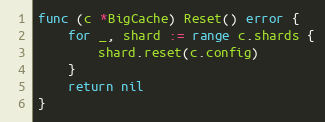
Language: Go
func (c *BigCache) Reset() error {
	for _, shard := range c.shards {
		shard.reset(c.config)
	}
	return nil
}